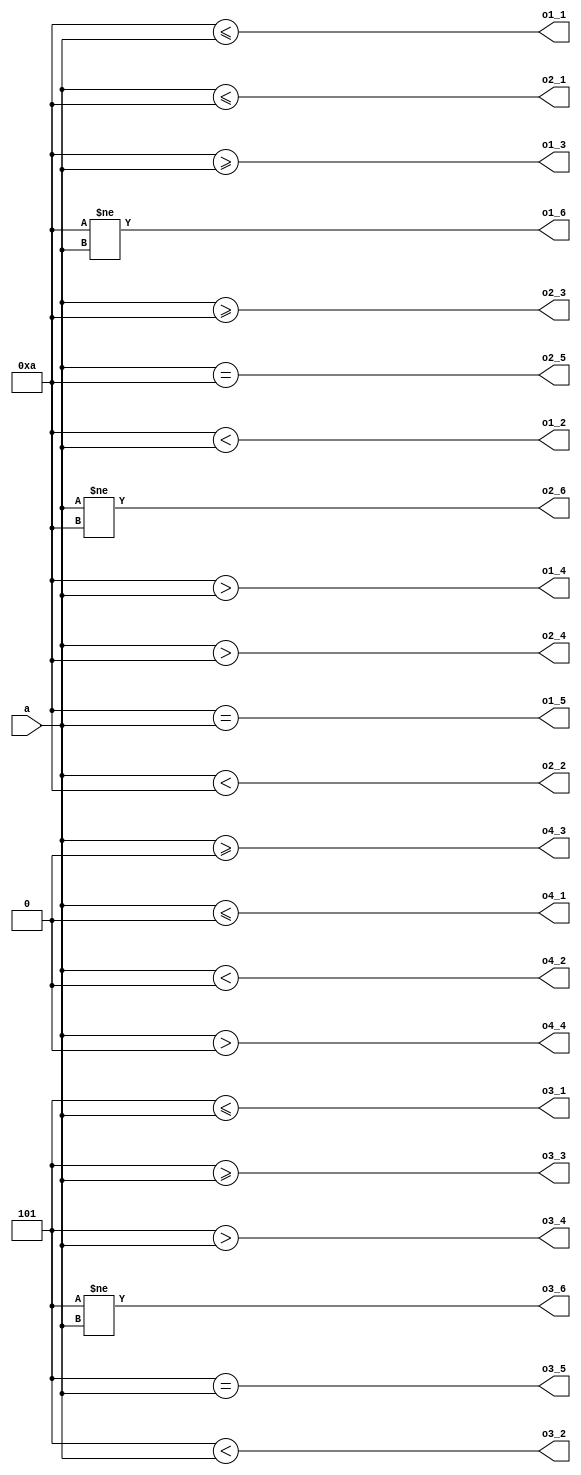
module top(...);
	parameter LUT_WIDTH = 4; // Multiples of 2 only
	input [LUT_WIDTH-1:0] a;

	output o1_1 = {(LUT_WIDTH/2){2'b10}} <= a;
	output o1_2 = {(LUT_WIDTH/2){2'b10}} <  a;
	output o1_3 = {(LUT_WIDTH/2){2'b10}} >= a;
	output o1_4 = {(LUT_WIDTH/2){2'b10}} >  a;
	output o1_5 = {(LUT_WIDTH/2){2'b10}} == a;
	output o1_6 = {(LUT_WIDTH/2){2'b10}} != a;

	output o2_1 = a <= {(LUT_WIDTH/2){2'b10}};
	output o2_2 = a <  {(LUT_WIDTH/2){2'b10}};
	output o2_3 = a >= {(LUT_WIDTH/2){2'b10}};
	output o2_4 = a >  {(LUT_WIDTH/2){2'b10}};
	output o2_5 = a == {(LUT_WIDTH/2){2'b10}};
	output o2_6 = a != {(LUT_WIDTH/2){2'b10}};

	output o3_1 = {(LUT_WIDTH/2){2'sb01}} <= $signed(a);
	output o3_2 = {(LUT_WIDTH/2){2'sb01}} <  $signed(a);
	output o3_3 = {(LUT_WIDTH/2){2'sb01}} >= $signed(a);
	output o3_4 = {(LUT_WIDTH/2){2'sb01}} >  $signed(a);
	output o3_5 = {(LUT_WIDTH/2){2'sb01}} == $signed(a);
	output o3_6 = {(LUT_WIDTH/2){2'sb01}} != $signed(a);

	output o4_1 = $signed(a) <= {LUT_WIDTH{1'sb0}};
	output o4_2 = $signed(a) <  {LUT_WIDTH{1'sb0}};
	output o4_3 = $signed(a) >= {LUT_WIDTH{1'sb0}};
	output o4_4 = $signed(a) >  {LUT_WIDTH{1'sb0}};
endmodule